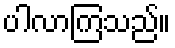
ပါလာကြသည်။